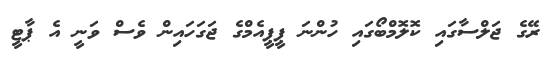
ރޭގެ ޖަލްސާގައި ކޮލޮމްބޯގައި ހުންނަ ޕީޕީއެމްގެ ޖަގަހައިން ވެސް ވަނީ އެ ޕާޓީ